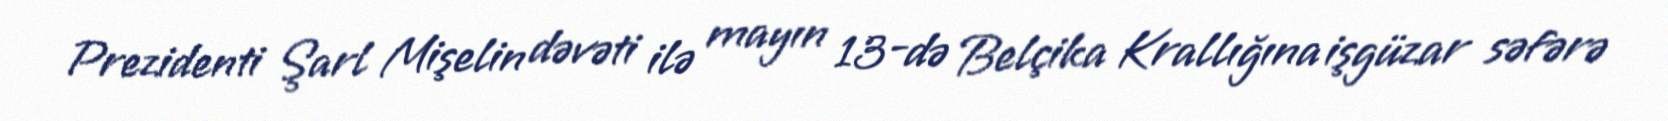
Prezidenti Şarl Mişelin dəvəti ilə mayın 13-də Belçika Krallığına işgüzar səfərə